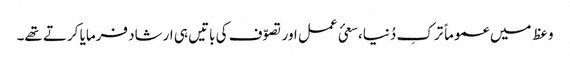
وعظ میں عموماً ترکِ دُنیا،سعئ عمل اور تصوّف کی باتیں ہی ارشاد فرمایا کرتے تھے۔